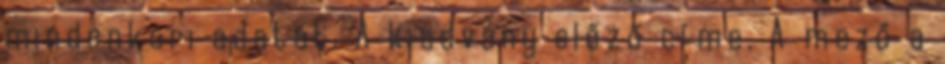
mindenkori adatát. A kiadvány előző címe. A mező a